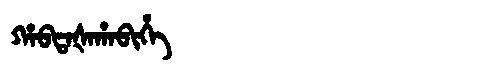
Manchu: ᡥᠠᠪᡨᠠᡧᠠᡥᠠᠪᡳᡥᡝ
Romanization: HABTAŠAHABIHE